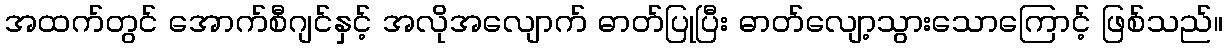
အထက်တွင် အောက်စီဂျင်နှင့် အလိုအလျောက် ဓာတ်ပြုပြီး ဓာတ်လျော့သွားသောကြောင့် ဖြစ်သည်။